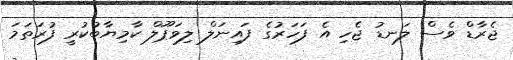
ޖެރާޑް ވެސް ލަނޑު ޖެހި އެ ފަހަރުގެ ފައިނަލް ލިވަޕޫލް ކާމިޔާބުކުރީ ފުރަތަމަ